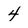
Character: 4